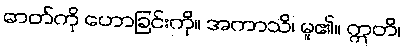
ဓာတ်ကို ဟောခြင်းကို။ အကာသိ၊ မူ၏။ ဣတိ၊